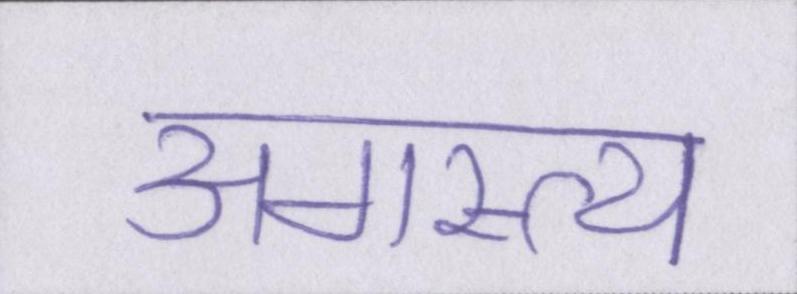
अगस्त्य